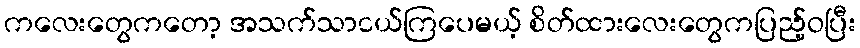
ကလေးတွေကတော့ အသက်သာငယ်ကြပေမယ့် စိတ်ထားလေးတွေကပြည့်ဝပြီး